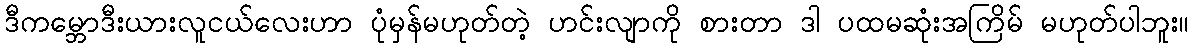
ဒီကမ္ဘောဒီးယားလူငယ်လေးဟာ ပုံမှန်မဟုတ်တဲ့ ဟင်းလျာကို စားတာ ဒါ ပထမဆုံးအကြိမ် မဟုတ်ပါဘူး။